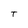
Character: T